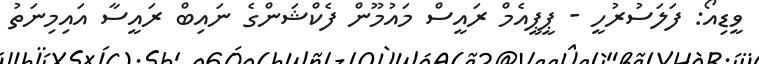
ވީޑިއޯ: ފަލަސުރުހީ - ޕީޕީއެމް ރައީސް މައުމޫން ފެކްޝަންގެ ނައިބް ރައީސާ އައިމިނަތު